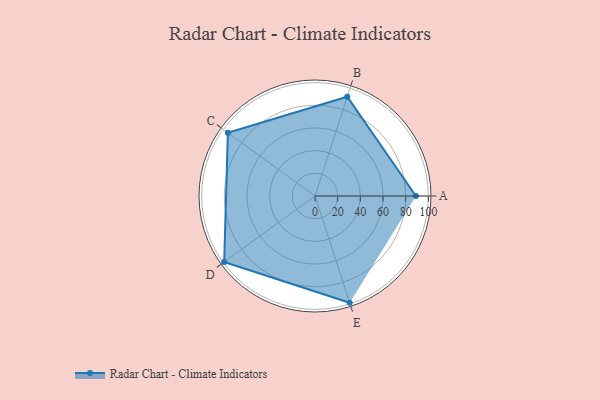
{"axis": {"x": "Skill", "y": "Score"}, "legend": ["Profile"], "data": [{"x": "A", "y": 89.0, "type": "Profile"}, {"x": "B", "y": 92.0, "type": "Profile"}, {"x": "C", "y": 95.0, "type": "Profile"}, {"x": "D", "y": 99, "type": "Profile"}, {"x": "E", "y": 99, "type": "Profile"}]}